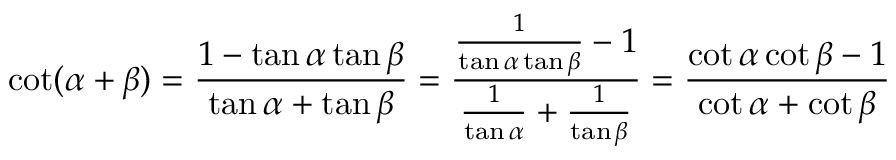
\cot ( \alpha + \beta ) = { \frac { 1 - \tan \alpha \tan \beta } { \tan \alpha + \tan \beta } } = { \frac { { \frac { 1 } { \tan \alpha \tan \beta } } - 1 } { { \frac { 1 } { \tan \alpha } } + { \frac { 1 } { \tan \beta } } } } = { \frac { \cot \alpha \cot \beta - 1 } { \cot \alpha + \cot \beta } }